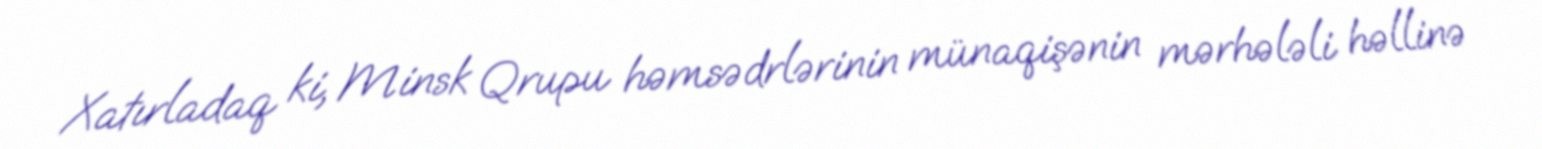
Xatırladaq ki, Minsk Qrupu həmsədrlərinin münaqişənin mərhələli həllinə